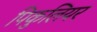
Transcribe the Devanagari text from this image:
पिकुलियर